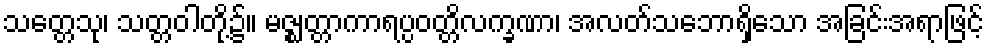
သတ္တေသု၊ သတ္တဝါတို့၌။ မဇ္ဈတ္တာကာရပ္ပဝတ္တိလက္ခဏာ၊ အလတ်သဘောရှိသော အခြင်းအရာဖြင့်